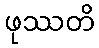
ဖုဿတိ